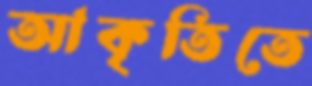
আকৃতিতে